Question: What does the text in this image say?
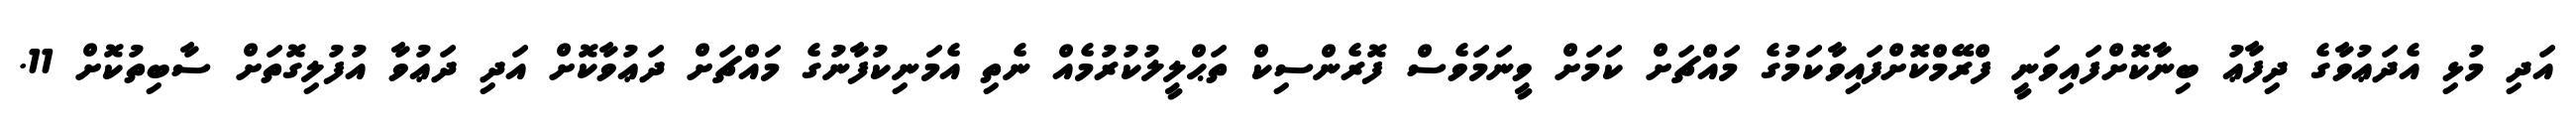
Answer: އަދި މުޅި އެދަޢުވާގެ ދިފާޢު ބިނާކޮށްފައިވަނީ ފްރޭމްކޮށްފައިވާކަމުގެ މައްޗަށް ކަމަށް ވީނަމަވެސް ފޮރެންސިކް ތަޙްލީލުކުރުމެއް ނެތި އެމަނިކުފާނުގެ މައްޗަށް ދަޢުވާކޮށް އަދި ދަޢުވާ އުފުލިގޮތަށް ސާބިތުކޮށް 11.